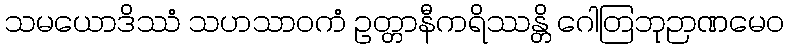
သမယောဒိဿံ သဟသာဝကံ ဥတ္တာနီကရိဿန္တိ ဂေါတြဘုဉာဏမေဝ